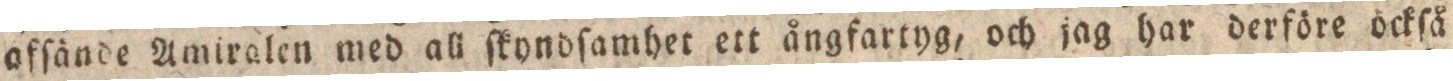
afſände Amiralen med all ſkyndſamher ett ångfartyg, och jag har derföre ockſå